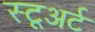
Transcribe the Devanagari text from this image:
स्टूअर्ट